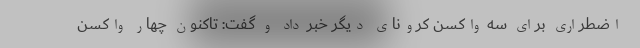
اضطراری برای سه واکسن کرونای دیگر خبر داد و گفت: تاکنون چهار واکسن